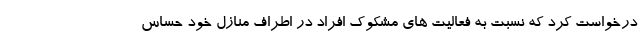
درخواست کرد که نسبت به فعالیت های مشکوک افراد در اطراف منازل خود حساس